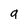
Character: 9